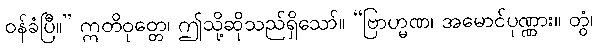
ဝန်ခံပြီ။” ဣတိဝုတ္တေ၊ ဤသို့ဆိုသည်ရှိသော်။ “ဗြာဟ္မဏ၊ အမောင်ပုဏ္ဏား။ တွံ၊